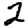
Digit: 2